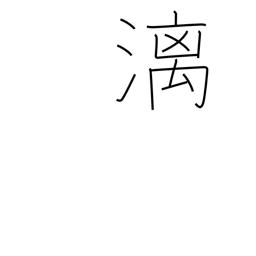
Meaning: dropping